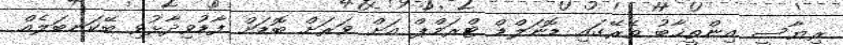
ރިޔާސީ އިންތީޚާބު ތެެރޭގައި ޑޮނަލްޑް ޓްރަމްޕް އަށް ވަރަށް ބޮޑަށް ފާޑުވިދާޅުވި ބޭކަނބަލެއް